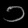
Digit: ၁